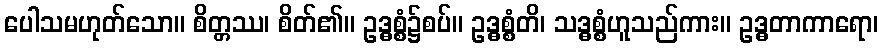
ပေါသမဟုတ်သော။ စိတ္တဿ၊ စိတ်၏။ ဥဒ္ဓစ္စံ၌စပ်။ ဥဒ္ဓစ္စံတိ၊ သဒ္ဓစ္စံဟူသည်ကား။ ဥဒ္ဓတာကာရော၊